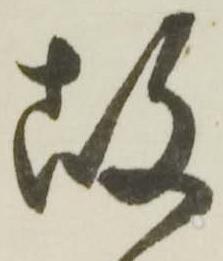
故